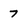
Character: 7